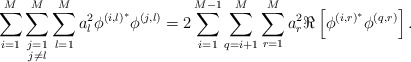
\begin{align*}\sum_{i=1}^M\sum\limits_{\substack{j=1\\j\neq l}}^M\sum_{l=1}^Ma_l^2\phi^{\left(i,l\right)^*}\phi^{\left(j,l\right)}=2\sum_{i=1}^{M-1}\sum_{q=i+1}^{M}\sum_{r=1}^M a_r^2\Re\left[\phi^{\left(i,r\right)^*}\phi^{\left(q,r\right)}\right].\end{align*}